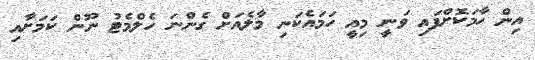
އިން ހާމަކޮށްފައި ވަނީ މިއީ ހަމައެކަނި މާލެއަށް ގެންނަ ހެލްމެޓު ނޫން ކަމަށާއި